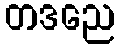
တဒညေ